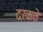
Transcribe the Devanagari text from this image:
दरकते